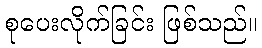
စုပေးလိုက်ခြင်း ဖြစ်သည်။